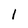
Character: 1